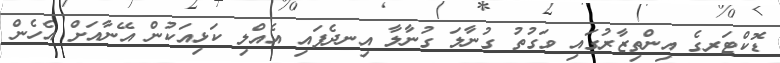
ޑޮކްޓަރގެ އިންތިޒާރުގައި ވަގުތު ގުނާލަ ގުނާލާ އިނދެފައި އެއްލި ކަޅިއަކުން އޭނާއަށް އެހެން